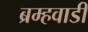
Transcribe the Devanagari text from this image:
ब्रम्हवाडी